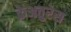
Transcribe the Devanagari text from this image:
क्रेअतुरेस